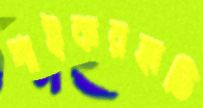
পাইকরহাটি